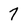
Character: 7